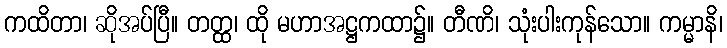
ကထိတာ၊ ဆိုအပ်ပြီ။ တတ္ထ၊ ထို မဟာအဋ္ဌကထာ၌။ တီဏိ၊ သုံးပါးကုန်သော။ ကမ္မာနိ၊